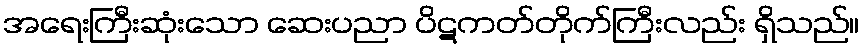
အရေးကြီးဆုံးသော ဆေးပညာ ပိဋကတ်တိုက်ကြီးလည်း ရှိသည်။